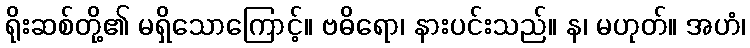
ရိုးဆစ်တို့၏ မရှိသောကြောင့်။ ဗဓိရော၊ နားပင်းသည်။ န၊ မဟုတ်။ အဟံ၊